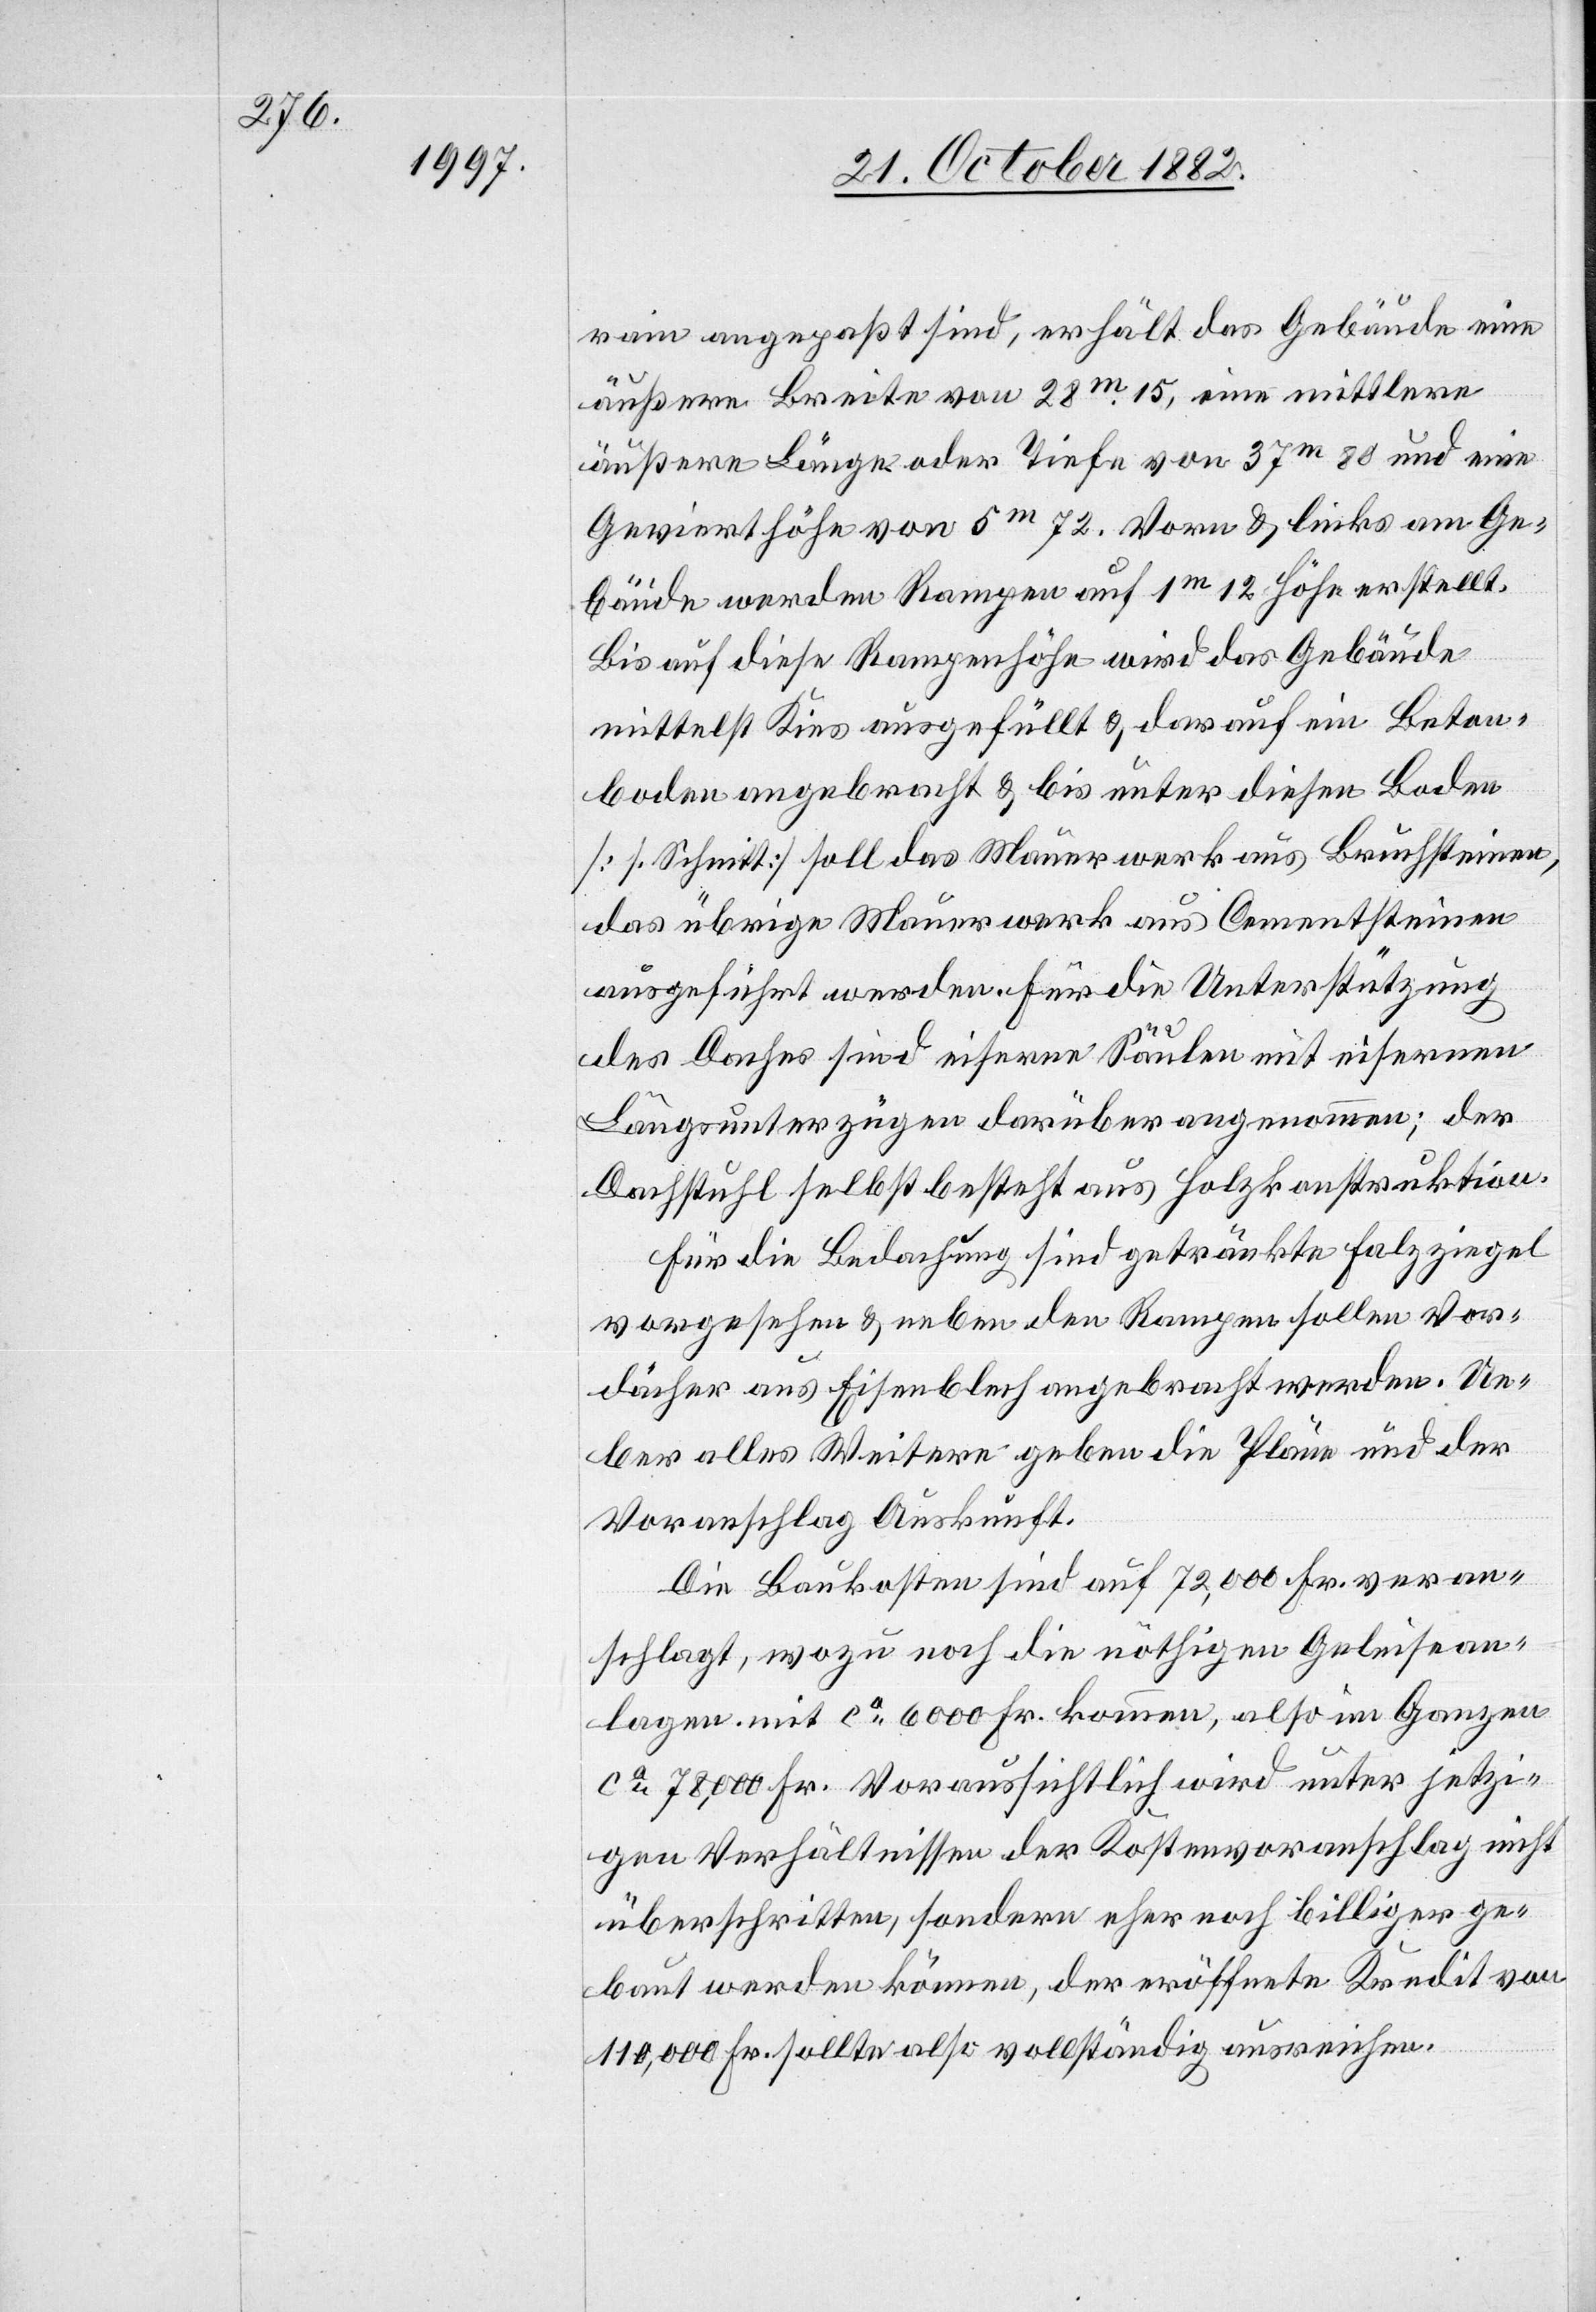
rain angepaßt sind, erhält das Gebäude eine
äußere Breite von 28m 15, eine mittlere
äußere Länge oder Tiefe von 237m 80 und eine
Gevierthöhe von 5m 72. Vorn & links am Ge¬
bäude werden Rampen auf 1m 12 Höhe erstellt.
Bis auf diese Rampenhöhe wird das Gebäude
mittelst Kies ausgefüllt & darauf ein Beton¬
boden angebracht & bis unter diesen Boden
[S. Schnitt] soll das Mauerwerk aus Bruchsteinen,
das übrige Mauerwerk aus Cementsteinen
ausgeführt werden. Für die Unterstützung
des Daches sind eiserne Säulen mit eisernen
Längsunterzügen darüber angenommen; der
Dachstuhl selbst besteht aus Holzkonstruktion.
Für die Bedachung sind getränkte Falzziegel
vorgesehen & neben den Rampen sollen Vor¬
dächer aus Eisenblech angebracht werden. Ue¬
ber alles Weitere geben die Pläne und der
Voranschlag Auskunft.
Die Baukosten sind auf 72,000 Fr. veran¬
schlagt, wozu noch die nöthigen Geleisean¬
lagen mit ca 6000 Fr. kommen, also im Ganzen
ca 78,000 Fr. Voraussichtlich wird unter jetzi¬
gen Verhältnissen der Kostenvoranschlag nicht
überschritten, sondern eher noch billiger ge¬
baut werden können, der eröffnete Kredit von
110,000 Fr. sollte also vollständig ausreichen.